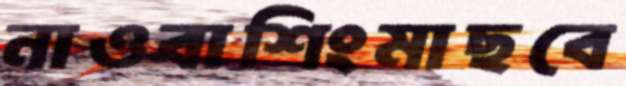
নাওবাশিংমাছবে